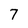
Character: 7